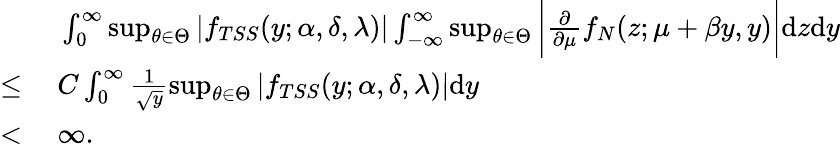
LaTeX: \begin{array}{rl}&{\ \int_{0}^{\infty}\operatorname*{sup}_{\theta\in\Theta}|f_{TSS}(y;\alpha,\delta,\lambda)|\int_{-\infty}^{\infty}\operatorname*{sup}_{\theta\in\Theta}\bigg|\frac{\partial}{\partial\mu}f_{N}(z;\mu+\beta y,y)\bigg|\mathrm{d}z\mathrm{d}y}\\ {\le}&{\ C\int_{0}^{\infty}\frac{1}{\sqrt{y}}\operatorname*{sup}_{\theta\in\Theta}|f_{TSS}(y;\alpha,\delta,\lambda)|\mathrm{d}y}\\ {<}&{\ \infty.}\end{array}